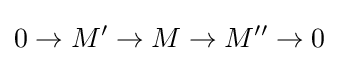
0\to M'\to M\to M''\to 0\